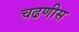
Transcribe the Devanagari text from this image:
चढणीस